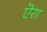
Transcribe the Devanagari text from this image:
ऎरा